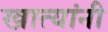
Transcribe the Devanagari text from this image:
खात्यांनी